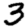
Digit: 3